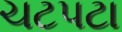
ચટપટા